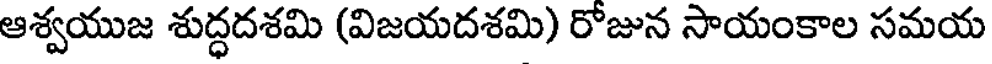
ఆశ్వయుజ శుద్ధదశమి (విజయదశమి) రోజున సాయంకాల సమయ